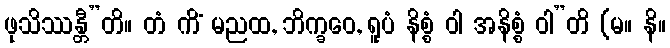
ဖုသိဿန္တီ”တိ။ တံ ကိံ မညထ, ဘိက္ခဝေ, ရူပံ နိစ္စံ ဝါ အနိစ္စံ ဝါ”တိ (မ။ နိ။